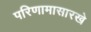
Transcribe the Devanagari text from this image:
परिणामासारखे